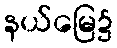
နယ်မြေ၌